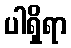
ပါရှိရာ